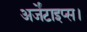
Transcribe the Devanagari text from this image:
अर्जेंटाइप्स।